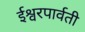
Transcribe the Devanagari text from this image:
ईश्वरपार्वती